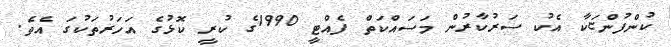
ކުންފުންޏަކާ އެކު ސަރުކާރުން މަސައްކަތް ފެއްޓީ 1990ގެ ކުރީ ކޮޅުގެ އަހަރުތަކުގަ އެވެ.